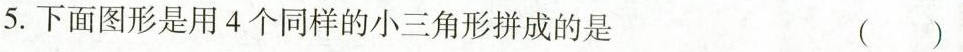
5.下面图形是用4个同样的小三角形拼成的是 ( )